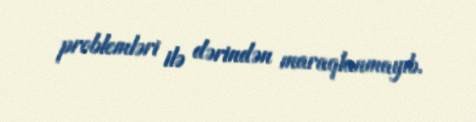
problemləri ilə dərindən maraqlanmayıb.